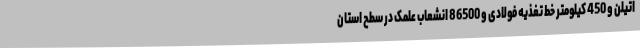
اتیلن و 450 کیلومتر خط تغذیه فولادی و 86500 انشعاب علمک در سطح استان